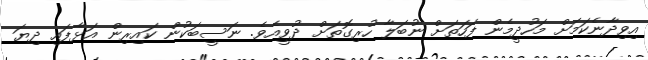
އިވިދާނެކަމަށް މަހުދީމެން ފަހަތަށް ނުބަލާ ހުރިގޮތަށް ދުވީއެވެ. ނަސީބަކުން ކައިރިން އަޅާފައި ދިޔަ